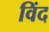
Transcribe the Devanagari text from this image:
विंद